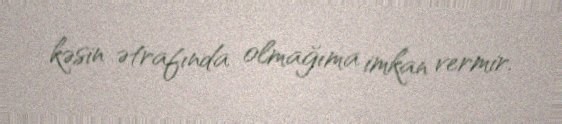
kəsin ətrafında olmağıma imkan vermir.